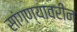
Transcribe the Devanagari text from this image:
सांगण्यावरीन